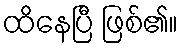
ထိနေပြီ ဖြစ်၏။